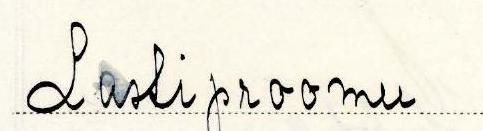
Lastiproomu